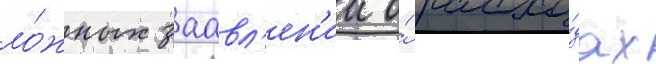
ло́жных заавл'ен'ии о́ расхо́дах